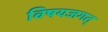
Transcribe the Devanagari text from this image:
विषयजगत्